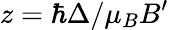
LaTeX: z=\hbar\Delta/\mu_{B}B^{\prime}